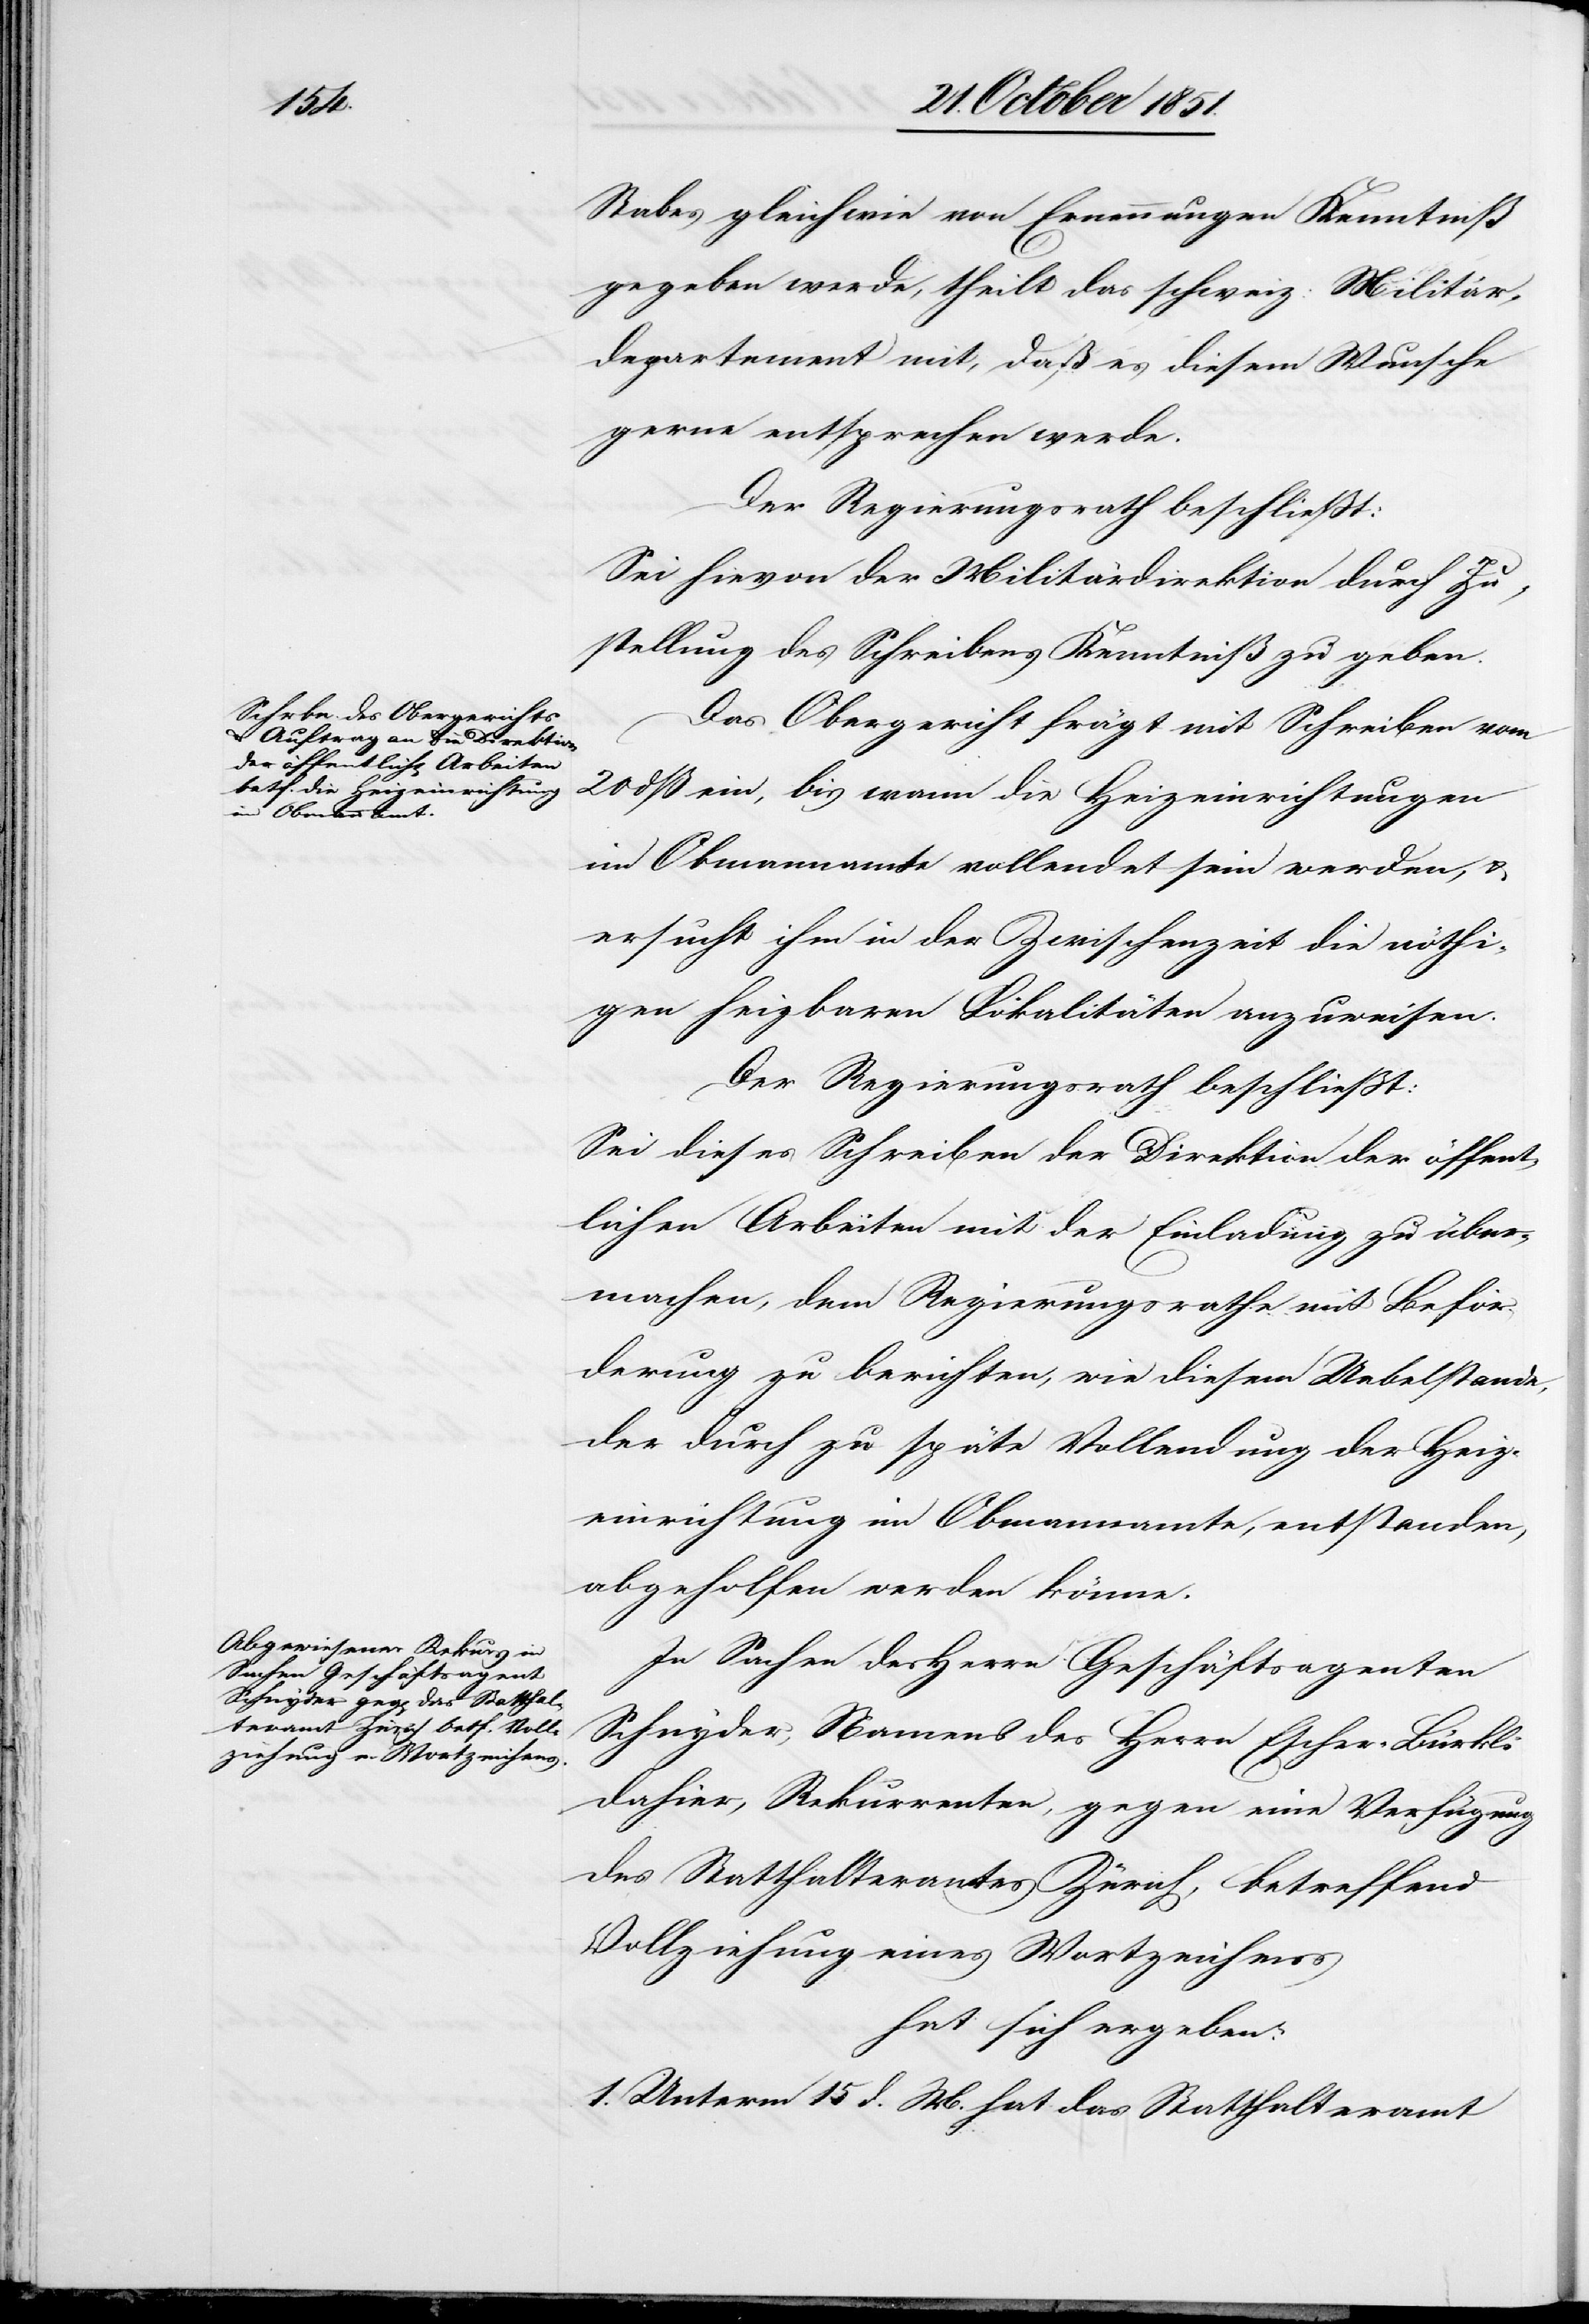
Stabes gleichwie von Ernennungen Kenntniß
gegeben werde, theilt das schweiz: Militär¬
departement mit, daß es diesem Wunsche
gerne entsprechen werde.
Der Regierungsrath beschließt:
Sei hievon der Militärdirektion durch Zu¬
stellung des Schreibens Kenntniß zu geben.
Das Obergericht frägt mit Schreiben vom
20 dß ein, bis wann die Heizeinrichtungen
im Obmannamte vollendet sein werden, &
ersucht ihm in der Zwischenzeit die nöthi¬
gen heizbaren Lokalitäten anzuweisen.
Der Regierungsrath beschließt:
Sei dieses Schreiben der Direktion der öffent¬
lichen Arbeiten mit der Einladung zu über¬
machen, dem Regierungsrathe mit Beför¬
derung zu berichten, wie diesem Uebelstande,
der durch zu späte Vollendung der Heiz¬
einrichtung im Obmannamte, entstanden,
abgeholfen werden könne.
In Sachen des Herrn Geschäftsagenten
Schnyder, Namens des Herrn Escher-Bürkli
dahier, Rekurrenten, gegen eine Verfügung
des Statthalteramtes Zürich, betreffend
Vollziehung eines Wortzeichens
hat sich ergeben:
1. Unterm 15 d. M. hat das Statthalteramt